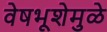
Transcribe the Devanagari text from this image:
वेषभूशेमुळे